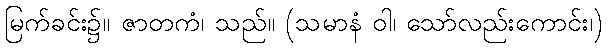
မြက်ခင်း၌။ ဇာတကံ၊ သည်။ (သမာနံ ဝါ၊ သော်လည်းကောင်း၊)